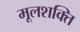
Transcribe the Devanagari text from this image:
मूलशक्ति